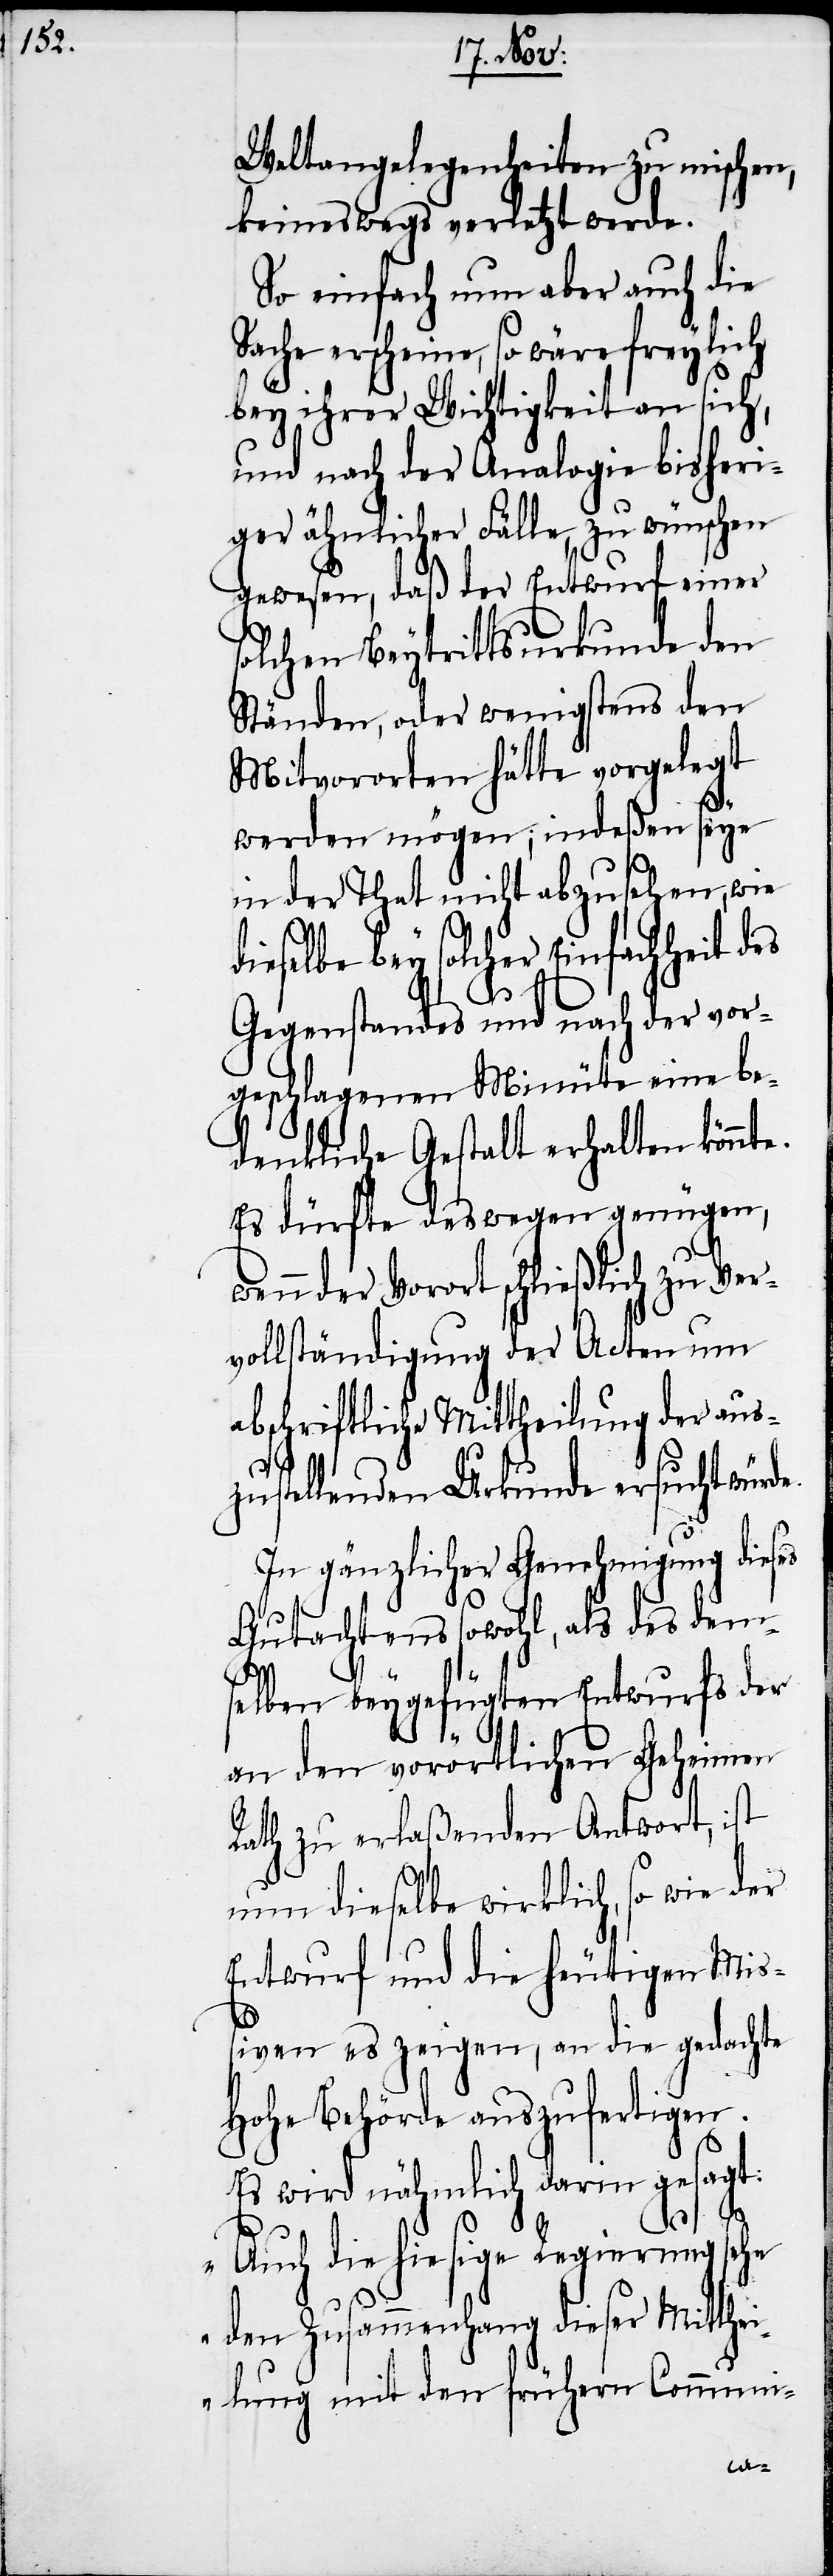
Weltangelegenheiten zu mischen,
keineswegs verletzt werde.
So einfach nun aber auch die
scheine, so wäre freylich
bey ihrer Wichtigkeit an sich,
sheri¬
und nach der Analogie
ger ähnlicher Fälle, zu wünschen
gewesen, daß der Entwurf einer
solchen Beytrittsurkunde den
Ständen, oder wenigstens den
Mitvororten hätte vorgelegt
werden mögen; indeßen seye
in der That nicht abzusehen, wie
ieselbe bey solcher Einfachheit des
Gegenstandes und nach der vor¬
geschlagenen Minüte eine be¬
denkliche Gestalt erhalten könnte.
Es dürfte deswegen genügen,
wenn der Vorort schließlich zu Ver¬
vollständigung der Acten um
abschriftliche Mittheilung der aus¬
zustellenden Urkunde ersucht würde.
In gänzlicher Genehmigung dieses
Gutachtens sowohl, als des dem¬
selben beygefügten Entwurfs der
an den vorörtlichen geheimen
Rath zu erlaßenden Antwort, ist
nun dieselbe wirklich, so wie der
Entwurf und die heutigen Miß¬
iven es zeigen, an die gedachte
Hohe Behörde auszufertigen.
Es wird nähmlich darin gesagt:
„Auch die hiesige Regierung sehe
den Zusammenhang dieser Mitthei¬
lung mit den frühern Communi-
d¬